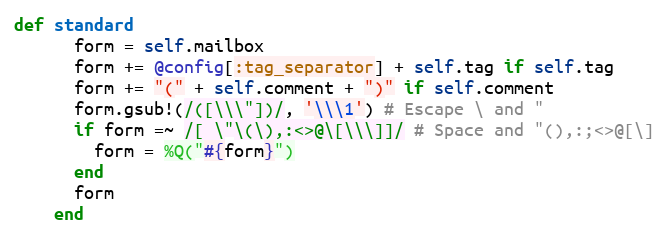
Language: Ruby
def standard
      form = self.mailbox
      form += @config[:tag_separator] + self.tag if self.tag
      form += "(" + self.comment + ")" if self.comment
      form.gsub!(/([\\\"])/, '\\\1') # Escape \ and "
      if form =~ /[ \"\(\),:<>@\[\\\]]/ # Space and "(),:;<>@[\]
        form = %Q("#{form}")
      end
      form
    end